Report of the Municipal Commissioner on the plague in Bombay for the year ending 31st May... - Volume 1
Disease focus: Plague
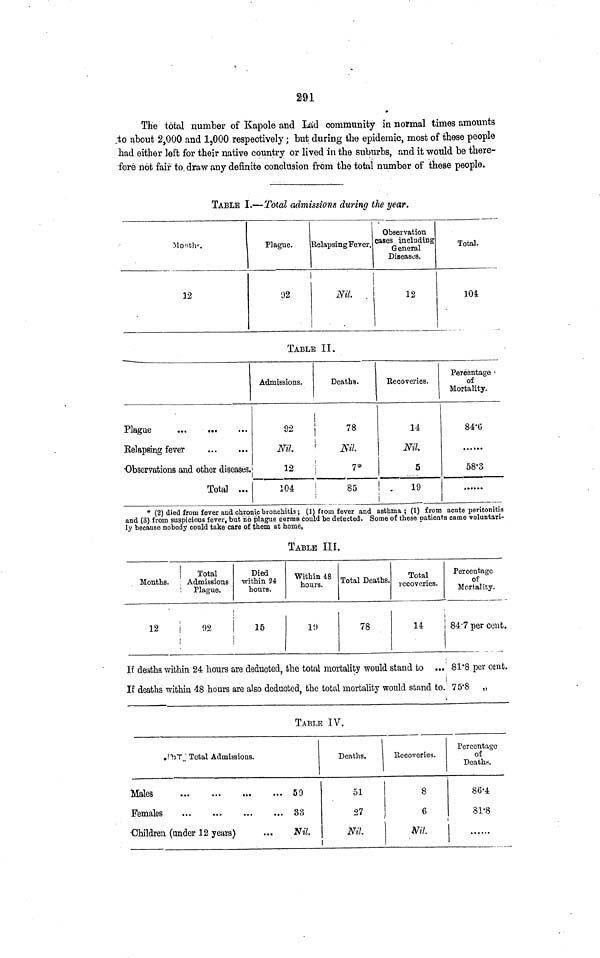
291
The total number of Kapole and Lad community in normal times amounts
to about 2,000 and 1,000 respectively; but during the epidemic, most of these people
had either left for their native country or lived in the suburbs, and it would be there-
fore not fair to draw any definite conclusion from the total number of these people.
TABLE I.— Total admissions during the year.
Months.
12
Plague.
92
Relapsing Fever.
Nil.
Observation
cases including
General
Diseases.
12
Total.
104
TABLE II.
Plague
Relapsing fever
Observations and other diseases.
Total ...
Admissions.
92
Nil.
Deaths.
78
Nil
12
7*
104
85
Recoveries,
14
Nil.
5
19
1
Percentage
of
Mortality.
84.6
58.3
* (2) died from fever and chronic bronchitis; (1) from fever and asthma; (1) from acute peritonitis
and (3) from suspicious fever, but no plague germs could be detected. Some of these patients came voluntari-
ly because nobody could take care of them at home,
TABLE III.
Months.
12
Total
Admissions
Plague.
92
Died
within 24
hours.
15
Within 48
hours.
19
Total Deaths.
78
Total
recoveries.
14
Percentage
of
Mortality.
84.7 per cent.
If deaths within 24 hours are deducted, the total mortality would stand to ... 81.8 per cent.
If deaths within. 48 hours are also deducted, the total mortality would stand to. 75.8 „
TABLE IV.
Total Admissions.
Females
Children (under 12 years)
59
33
Nil
Deaths.
51
27
Nil
Recoveries.
8
6
Nil
Percentage
of
Deaths.
86.4
81.8